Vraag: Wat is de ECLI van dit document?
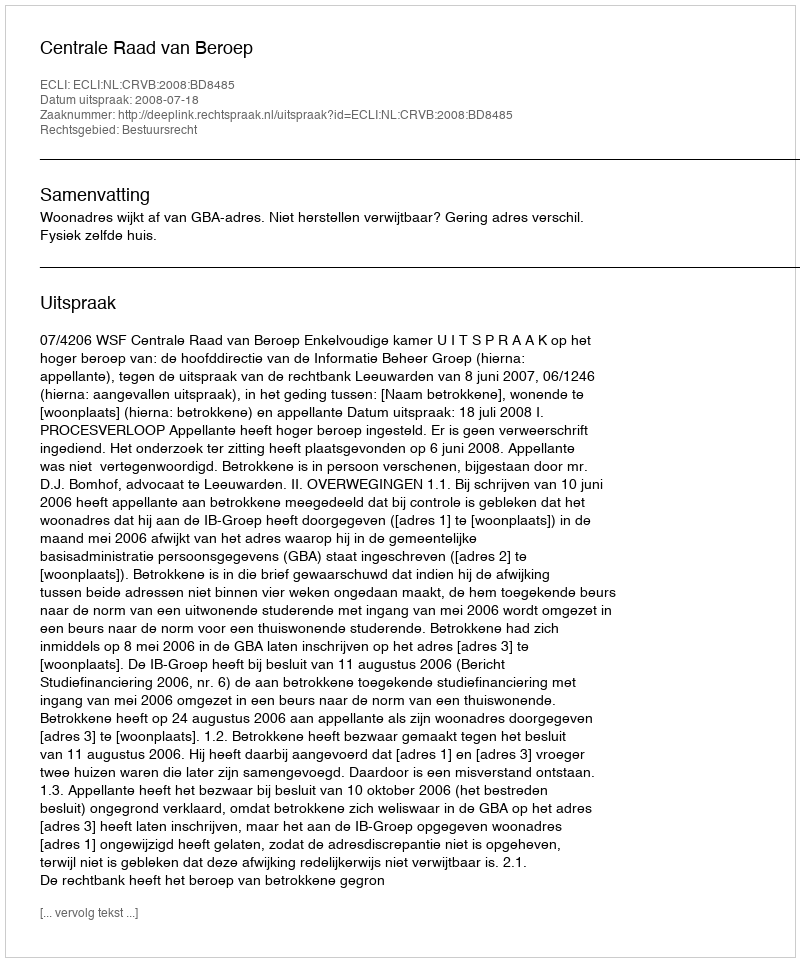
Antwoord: ECLI:NL:CRVB:2008:BD8485